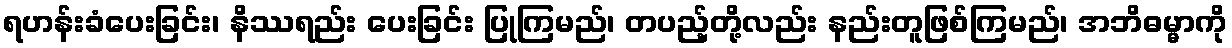
ရဟန်းခံပေးခြင်း၊ နိဿရည်း ပေးခြင်း ပြုကြမည်၊ တပည့်တို့လည်း နည်းတူဖြစ်ကြမည်၊ အဘိဓမ္မာကို